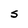
Character: S